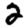
Digit: 2